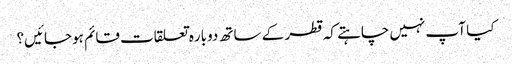
کیا آپ نہیں چاہتے کہ قطر کے ساتھ دوباره تعلقات قائم ہوجائیں؟